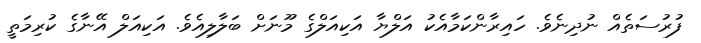
ފުރުސަތެއް ނުދިނެވެ. ހައިރާންކަމާއެކު އަލްޔާ އަކިއަލްގެ މޫނަށް ބަލާލިއެވެ. އަކިއަލް އޭނާގެ ކުރިމަތީ